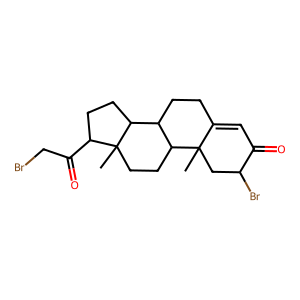
SMILES: CC12CC(Br)C(=O)C=C1CCC1C2CCC2(C)C(C(=O)CBr)CCC12
Inhibits HIV replication: No